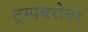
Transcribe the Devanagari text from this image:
ट्रम्पबरोबर